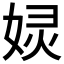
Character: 𱙙